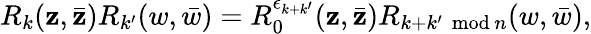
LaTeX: {R}_{k}(\mathbf{z},\bar{{\mathbf{z}}}){R}_{k^{\prime}}(w,\bar{{w}})={R}_{0}^{\epsilon_{k+k^{\prime}}}(\mathbf{z},\bar{{\mathbf{z}}}){R}_{k+k^{\prime}\, \, \mathrm{{mod}}\, n}(w,\bar{{w}}),